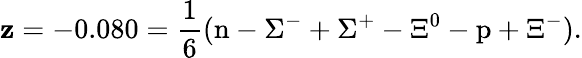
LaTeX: \mathbf{z}=-0.080=\frac{1}{6}(\mathrm{{n}}-\Sigma^{-}+\Sigma^{+}-\Xi^{0}-\mathrm{{p}}+\Xi^{-}).